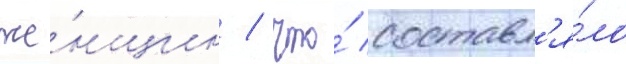
же́нщин / что́ составл'я́ло